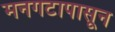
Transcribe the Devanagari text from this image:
मनगटापासून